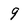
Character: 9